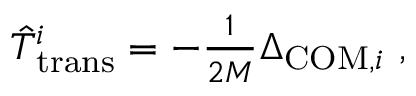
\begin{array} { r } { \hat { T } _ { \mathrm { t r a n s } } ^ { i } = - \frac { 1 } { 2 M } \Delta _ { \mathrm { C O M } , i } ~ , } \end{array}